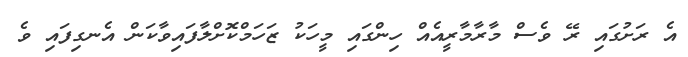
އެ ރަށުގައި ރޭ ވެސް މާރާމާރީއެއް ހިންގައި މީހަކު ޒަހަމްކޮށްލާފައިވާކަން އެނގިފައި ވެ